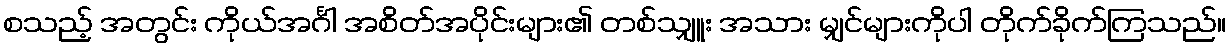
စသည့် အတွင်း ကိုယ်အင်္ဂါ အစိတ်အပိုင်းများ၏ တစ်သျှူး အသား မျှင်များကိုပါ တိုက်ခိုက်ကြသည်။